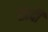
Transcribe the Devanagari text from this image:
खदी